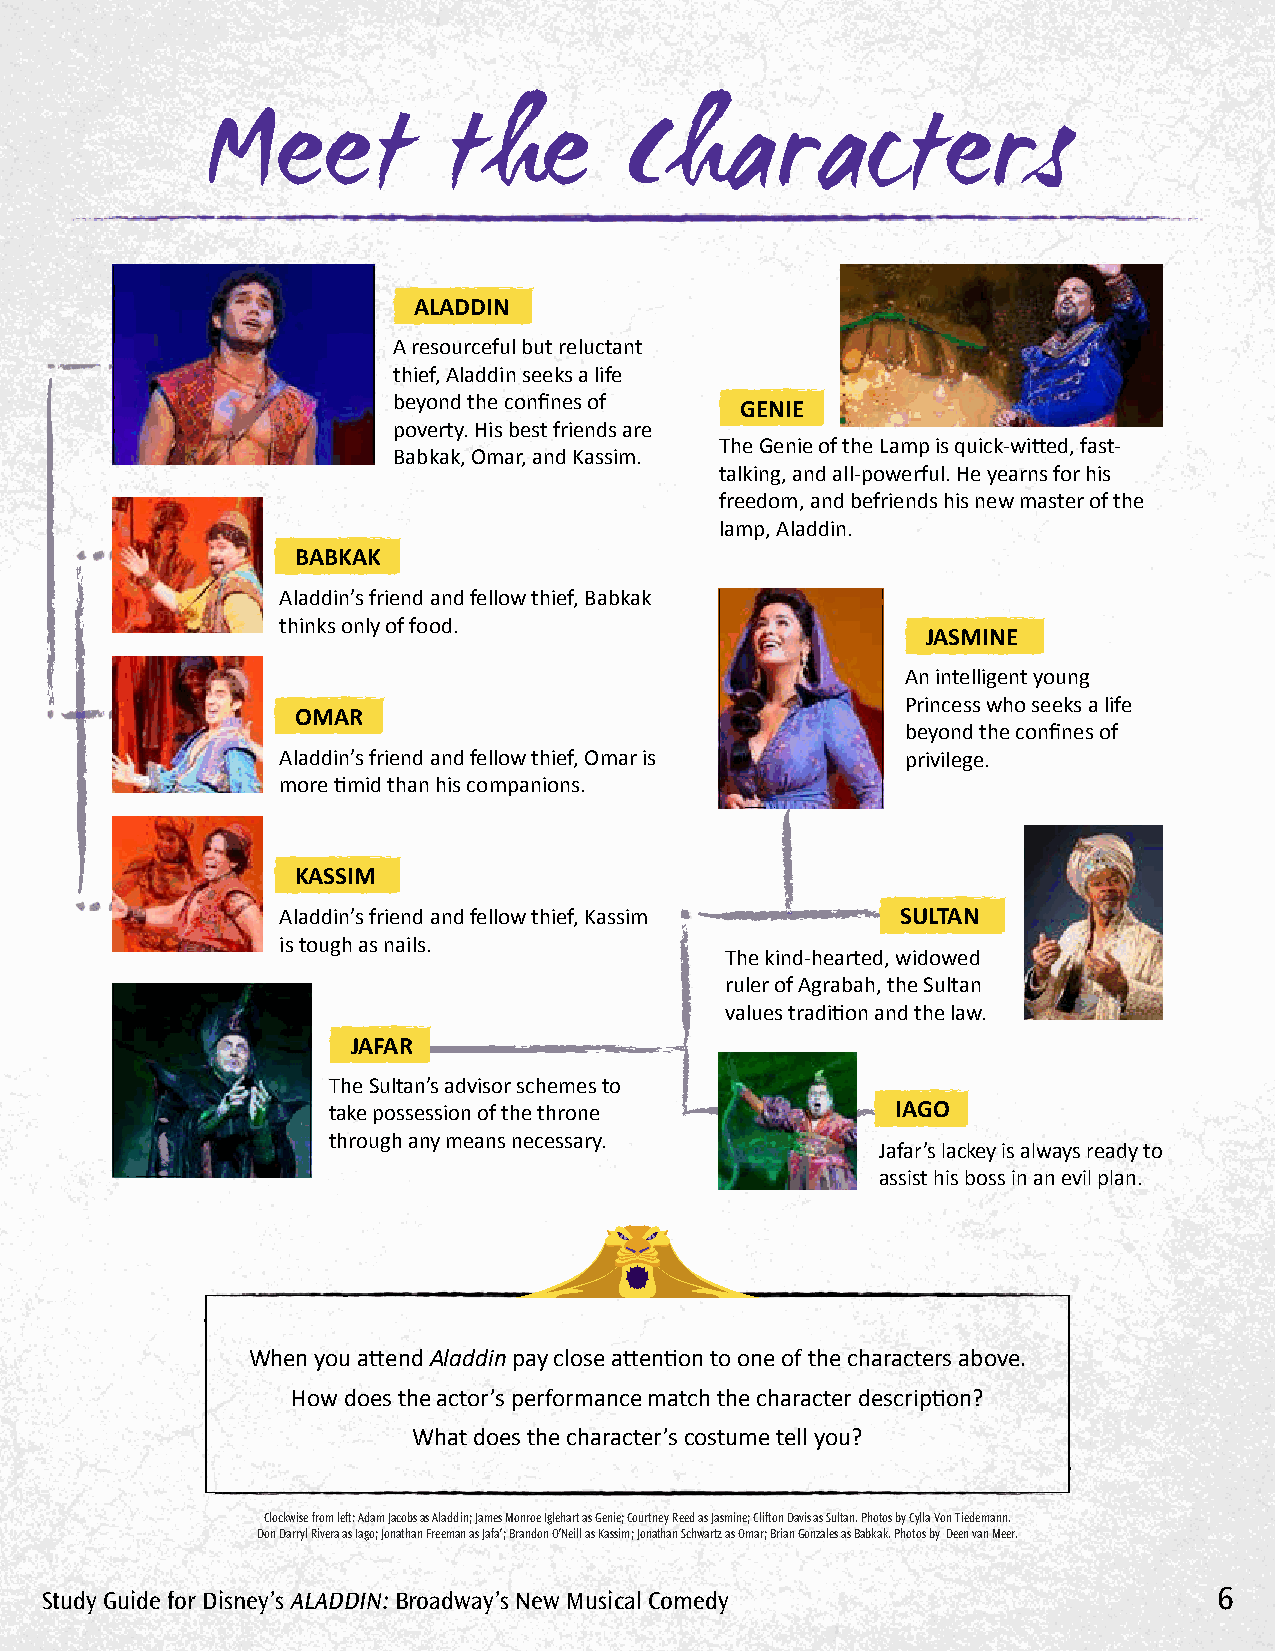
Meet             the        Characters
 ALADDIN
 A resourceful but reluctant
 thief, Aladdin seeks a life
 beyond the confines of GENIE
 poverty. His best friends are
 The Genie of the Lamp is quick-witted, fast-
 Babkak, Omar, and Kassim.
 talking, and all-powerful. He yearns for his
 freedom, and befriends his new master of the
 lamp, Aladdin.
 BABKAK
 Aladdin’s friend and fellow thief, Babkak
 thinks only of food.
 JASMINE
 An intelligent young
 Princess who seeks a life
 OMAR
 beyond the confines of
 Aladdin’s friend and fellow thief, Omar is privilege.
 more timid than his companions.
 KASSIM
 Aladdin’s friend and fellow thief, Kassim SULTAN
 is tough as nails.
 The kind-hearted, widowed
 ruler of Agrabah, the Sultan
 values tradition and the law.
 JAFAR
 The Sultan’s advisor schemes to
 take possession of the throne        IAGO
 through any means necessary.
 Jafar’s lackey is always ready to
 assist his boss in an evil plan.
 When you attend Aladdin pay close attention to one of the characters above.
 How does the actor’s performance match the character description?
 What does the character’s costume tell you?
 Clockwise from left: Adam Jacobs as Aladdin; James Monroe Iglehart as Genie; Courtney Reed as Jasmine; Clifton Davis as Sultan. Photos by Cylla Von Tiedemann.
 Don Darryl Rivera as Iago; Jonathan Freeman as Jafa’; Brandon O’Neill as Kassim; Jonathan Schwartz as Omar; Brian Gonzales as Babkak. Photos by Deen van Meer.
 Study Guide for Disney’s AlADDin: Broadway’s new Musical Comedy               6